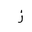
Letter: _zay